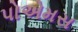
પોએમસ